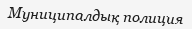
Муниципалдық полиция